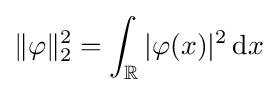
\|\varphi \|_{2}^{2}=\int _{\mathbb {R} }\vert \varphi (x)\vert ^{2}\,\mathrm {d} x